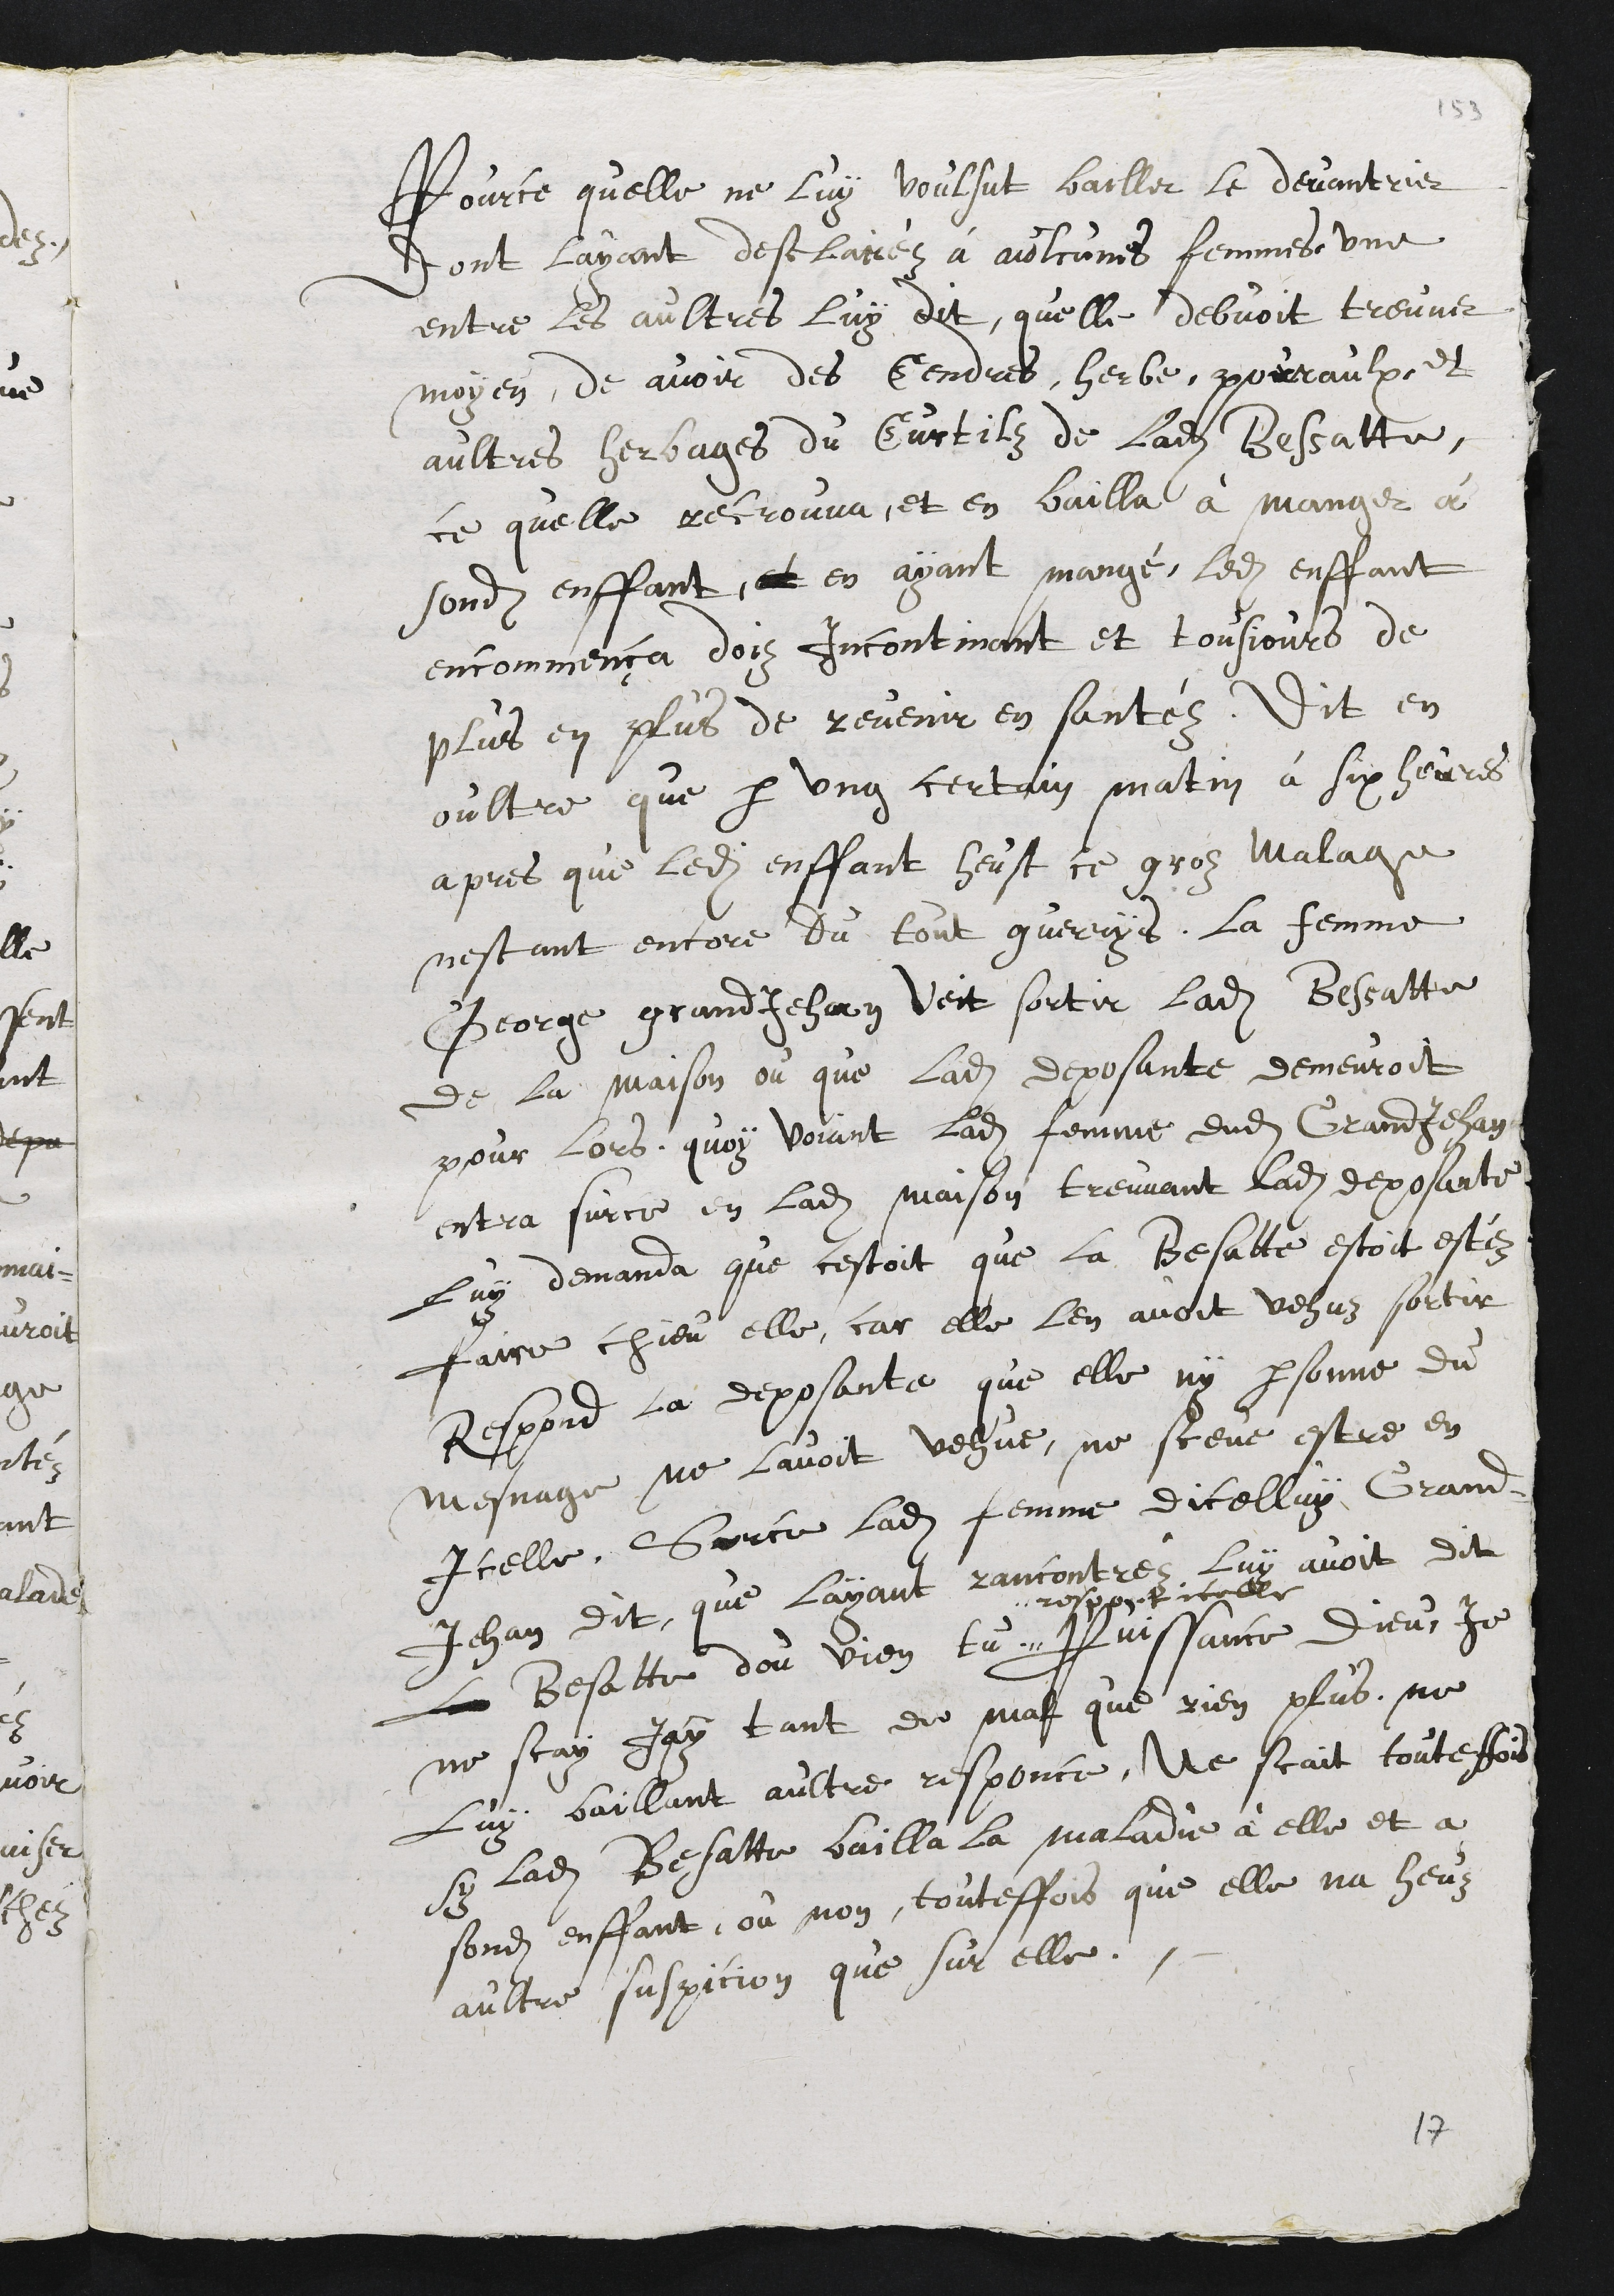
par ce qu'elle ne lui voulut bailler le devantrier;
ce qu'ayant déclaré aux quélqu'unes femmes, une
d'entre les autres lui dit qu'elle devait •trouver
moyen d'avoir des cendres, herbe, poireaux et
autres herbages du curtil de ladite Bessatte.
Ce qu'elle trouva, et en bailla à manger à
sondit enfant. En ayant mangé, ledit enfant
encommença depuis incontinent et toujours de
plus en plus à revenir en santé. Dit en
outre que par un certain matin à six heures,
après que ledit enfant eut ce gros malags,
n'étant encore du tout guéri, la femme de
Searges Grandjean vit sortir ladite Bessa-fcte
de la maison où que ladite déposante demeurait
pour lors. Quoi voyant, ladite femme dudit GrandJehan
entra sur ce en ladite maison; trouvant ladite déposante,
lui demanda ce que c'était que la Bessatte avait été
faire chez elle, car elle l'en avait vue sortir.
Répand la déposante qu'elle ni personne du
ménage ne l'avait vue, ne sut être en
icelle. Sur ce ladite femme d'icelui Grand-
Jean dit que l'ayant rencontrée, lui avait dit :
la Bessatte, d'ou viens-tu"
"respont icelle
Puissance Dieu, je
ne sais, j'ai tant de mal". Que rien plus ne
lui baillan-t autre réponse. Ne sait toutefois
si ladite Bessa-tte bailla la maladie à elle et à
sondit enfant, ou non. Toutefois, elle n'a eu
autre suspicion que sur elle.